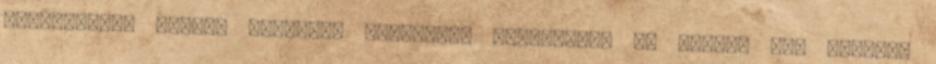
virtuálisan örökbe fogadni, ellátását támogatni, jó helyen jár Kérjük,